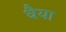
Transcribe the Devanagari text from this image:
धैया